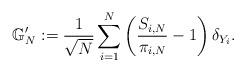
LaTeX: \begin{align*}\mathbb{G}_{N}':=\frac{1}{\sqrt{N}}\sum_{i=1}^{N}\left(\frac{S_{i,N}}{\pi_{i,N}}-1\right)\delta_{Y_{i}}.\end{align*}